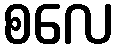
စလေ